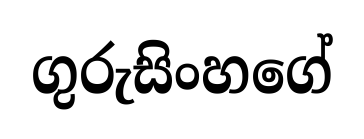
ගුරුසිංහගේ